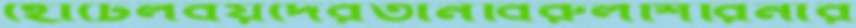
হোটেলবয়দেরতানবিরুলশিরিনার